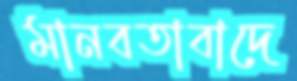
মানবতাবাদে